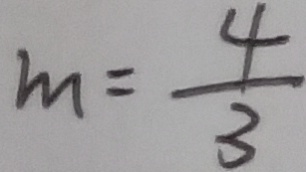
m = \frac { 4 } { 3 }